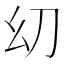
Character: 㓜